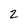
Character: 2